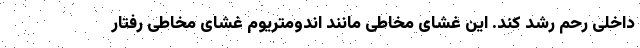
داخلی رحم رشد کند. این غشای مخاطی مانند اندومتریوم غشای مخاطی رفتار